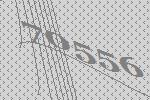
70556